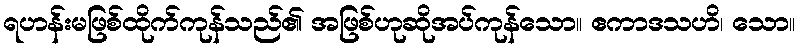
ရဟန်းမဖြစ်ထိုက်ကုန်သည်၏ အဖြစ်ဟုဆိုအပ်ကုန်သော။ ဧကာဒသဟိ၊ သော။